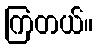
ကြတယ်။